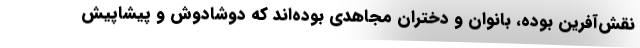
نقش‌آفرین بوده، بانوان و دختران مجاهدی بوده‌اند که دوشادوش و پیشاپیش